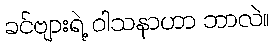
ခင်ဗျားရဲ့ ဝါသနာဟာ ဘာလဲ။